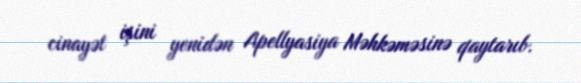
cinayət işini yenidən Apellyasiya Məhkəməsinə qaytarıb.